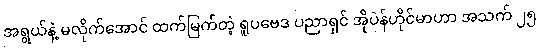
အရွယ်နဲ့ မလိုက်အောင် ထက်မြက်တဲ့ ရူပဗေဒ ပညာရှင် အိုပဲန်ဟိုင်မာဟာ အသက် ၂၅